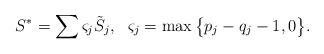
LaTeX: \begin{align*} S^*=\sum\varsigma_j\tilde{S}_j, \ \ \varsigma_j=\max\big{\{}p_j-q_j-1,0\big{\}}.\end{align*}